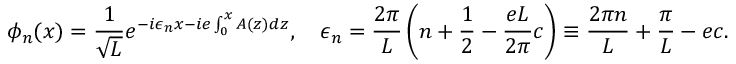
\phi _ { n } ( x ) = { \frac { 1 } { \sqrt L } } e ^ { - i \epsilon _ { n } x - i e \int _ { 0 } ^ { x } A ( z ) d z } , \quad \epsilon _ { n } = { \frac { 2 \pi } { L } } \left( n + { \frac { 1 } { 2 } } - { \frac { e L } { 2 \pi } } c \right) \equiv { \frac { 2 \pi n } { L } } + { \frac { \pi } { L } } - e c .